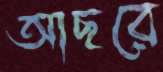
আছরে